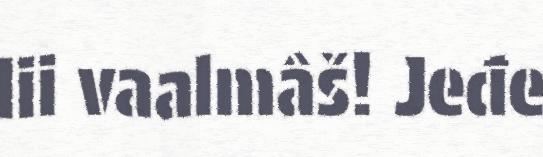
lii vaalmâš! Jeđe